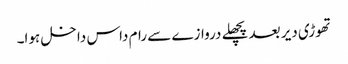
تھوڑی دیر بعد پچھلے دروازے سے رام داس داخل ہوا۔